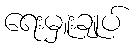
ရေးမှူးချုပ်